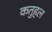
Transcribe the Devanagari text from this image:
कतुहल